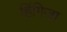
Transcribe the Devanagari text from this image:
हिंगिजा